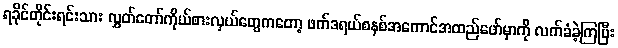
ရခိုင်တိုင်းရင်းသား လွှတ်တော်ကိုယ်စားလှယ်တွေကတော့ ဖက်ဒရယ်စနစ်အကောင်အထည်ဖော်မှာကို လက်ခံခဲ့ကြပြီး